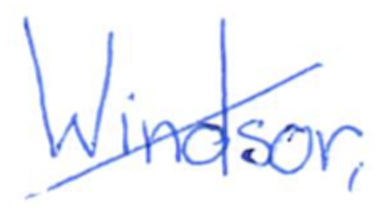
Text: Windsor,
Cross-out: diagonal
Writing tool: ballpoint